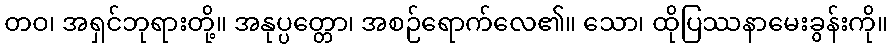
တဝ၊ အရှင်ဘုရားတို့။ အနုပ္ပတ္တော၊ အစဉ်ရောက်လေ၏။ သော၊ ထိုပြဿနာမေးခွန်းကို။